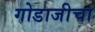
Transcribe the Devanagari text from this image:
गोडाजीचा